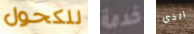
للكحول خدمة الذي